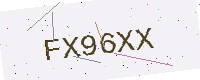
Text: FX96XX